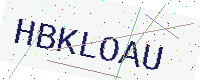
Text: HBKLOAU